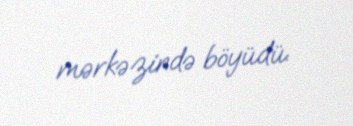
mərkəzində böyüdü.